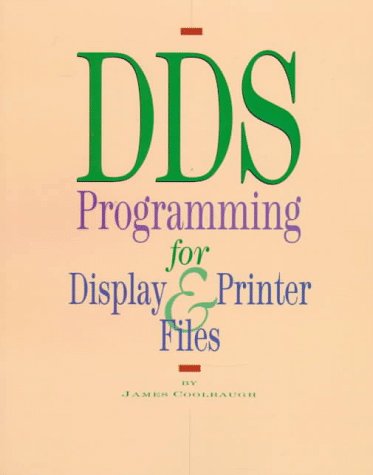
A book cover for Dds Programming for Display & Printer Files; James Coolbaugh; Computers & Technology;